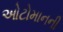
ઓટોમાનની